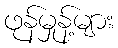
ဖုန်မှုန့်များ